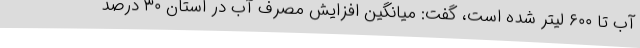
آب تا ۶۰۰ لیتر شده است، گفت: میانگین افزایش مصرف آب در استان ۳۰ درصد